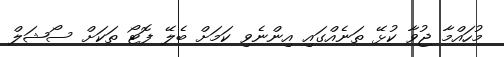
މުހައްމާ ޖުވާ ކުޅޭ ތަނެއްގައި އިންނެވި ކަމަށް ބެލޭ ފޮޓޯ ތަކަށް ސޯޝަލް